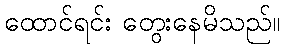
ထောင်ရင်း တွေးနေမိသည်။